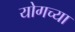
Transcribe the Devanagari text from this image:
योगच्या